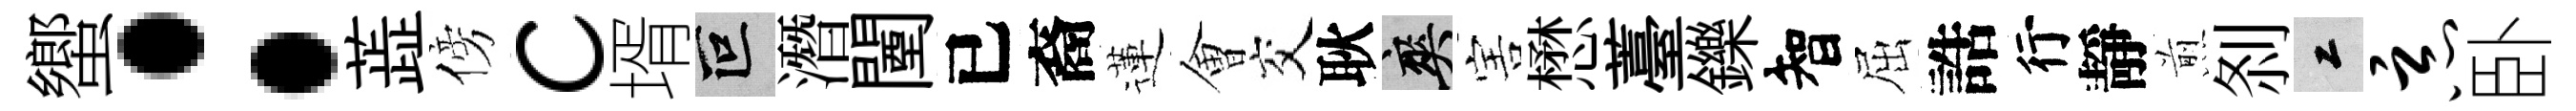
蠁：蕋傍c壻叵潛闉已裔蓮㑹交耿爽害懋薹鑠智屈誥行靜煎𠛴工恶卧